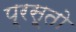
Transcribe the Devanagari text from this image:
प्रसूतो